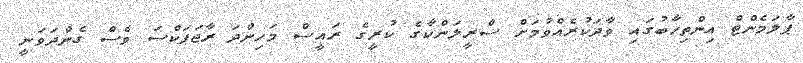
ޕާލަމެންޓް އިންތިޚާބުގައި ވާދަކުރެއްވުމަށް ސްރީލަންކާގެ ކުރީގެ ރައީސް މަހިންދަ ރާޖަޕަކްސަ ވެސް ގެންދަވަނީ